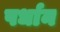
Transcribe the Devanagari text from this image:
पर्धान